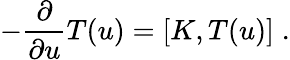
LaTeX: -\frac{\partial}{\partial u}T(u)=[K,T(u)]\; .